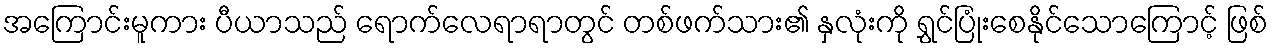
အကြောင်းမူကား ပီယာသည် ရောက်လေရာရာတွင် တစ်ဖက်သား၏ နှလုံးကို ရွှင်ပြုံးစေနိုင်သောကြောင့် ဖြစ်